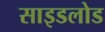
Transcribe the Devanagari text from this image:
साइडलोड